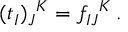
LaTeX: ( t _ { I } ) _ { J } { } ^ { K } = f _ { I J } { } ^ { K } \, .